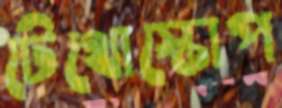
টেথোস্কোপ